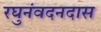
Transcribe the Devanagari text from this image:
रघुनंवदनदास